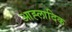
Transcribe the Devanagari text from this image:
आह्लादिक